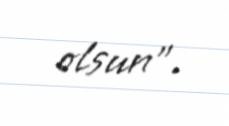
olsun”.